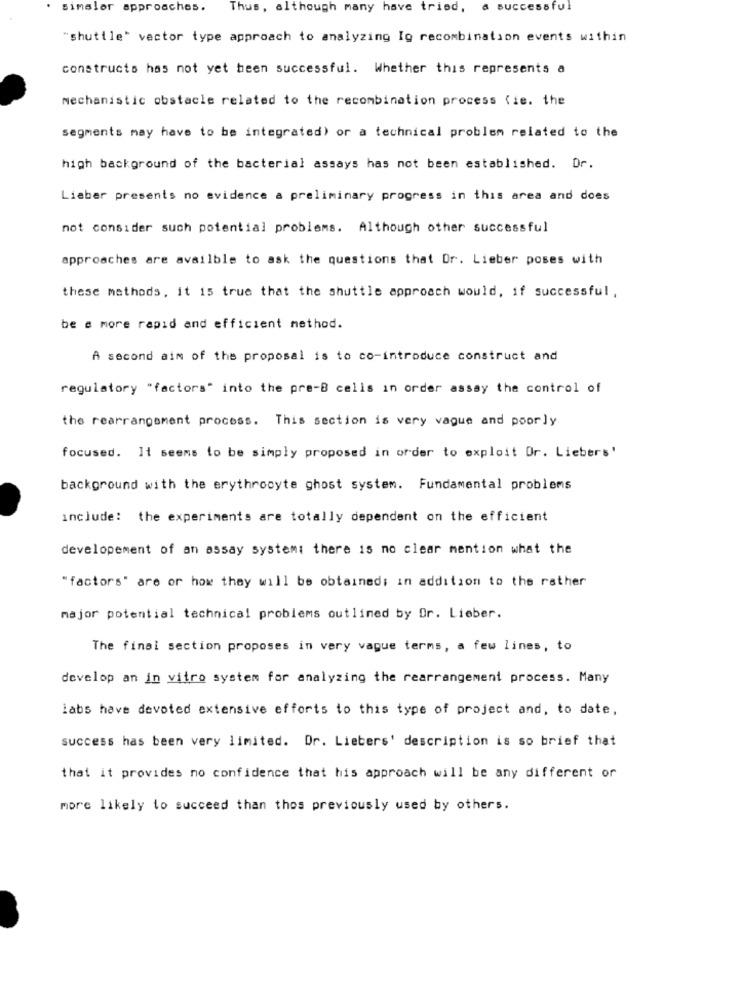
simslor approaches.
Thus, although many have tried, a successful
"shuttle" vector type approach to analyzing Ig recombination events within
constructs has not yet been successful. Whether this represents a
mechanistic obstacle related to the recombination process (ie. the
segments may have to be integrated) or a technical problem related to the
high background of the bacterial assays has not been established. Dr.
Lieber presents no evidence a preliminary progress in this area and does
not consider such potential problems. Although other successful
approaches are availble to ask the questions that Or. Lieber poses with
these methods, it is true that the shuttle approach would, if successful,
be a more rapid and efficient method.
A second aim of the proposal is to co-introduce construct and
regulatory "factors" into the pre-B cells in order assay the control of
the rearrangement process. This section is very vague and poorly
focused. It seems to be simply proposed in order to exploit Or. Liebers'
background with the erythrocyte ghost system. Fundamental problems
include: the experiments are totally dependent on the efficient
developement of an assay system: there is no clear mention what the
"factors" are or how they will be obtained; in addition to the rather
major potential technical problems outlined by Or. Lieber.
The final section proposes in very vague terms, a few lines, to
develop an in vitro system for analyzing the rearrangement process. Many
labs have devoted extensive efforts to this type of project and, to date,
success has been very limited. Dr. Liebers' description is so brief that
that it provides no confidence that his approach will be any different or
more likely to succeed than thos previously used by others.